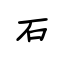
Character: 石